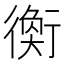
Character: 𧗽